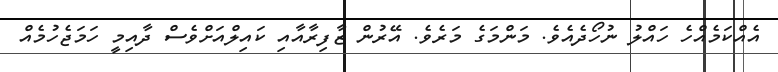
އެއްކަމެއްހެ ހައްލު ނުހޯދެއެވެ. މަންމަގެ މަރެވެ. އޭރުން ޒާފިރާއާއި ކައިލްއަށްވެސް ދާއިމީ ހަމަޖެހުމެއް